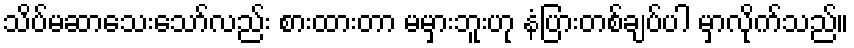
သိပ်မဆာသေးသော်လည်း စားထားတာ မမှားဘူးဟု နံပြားတစ်ချပ်ပါ မှာလိုက်သည်။